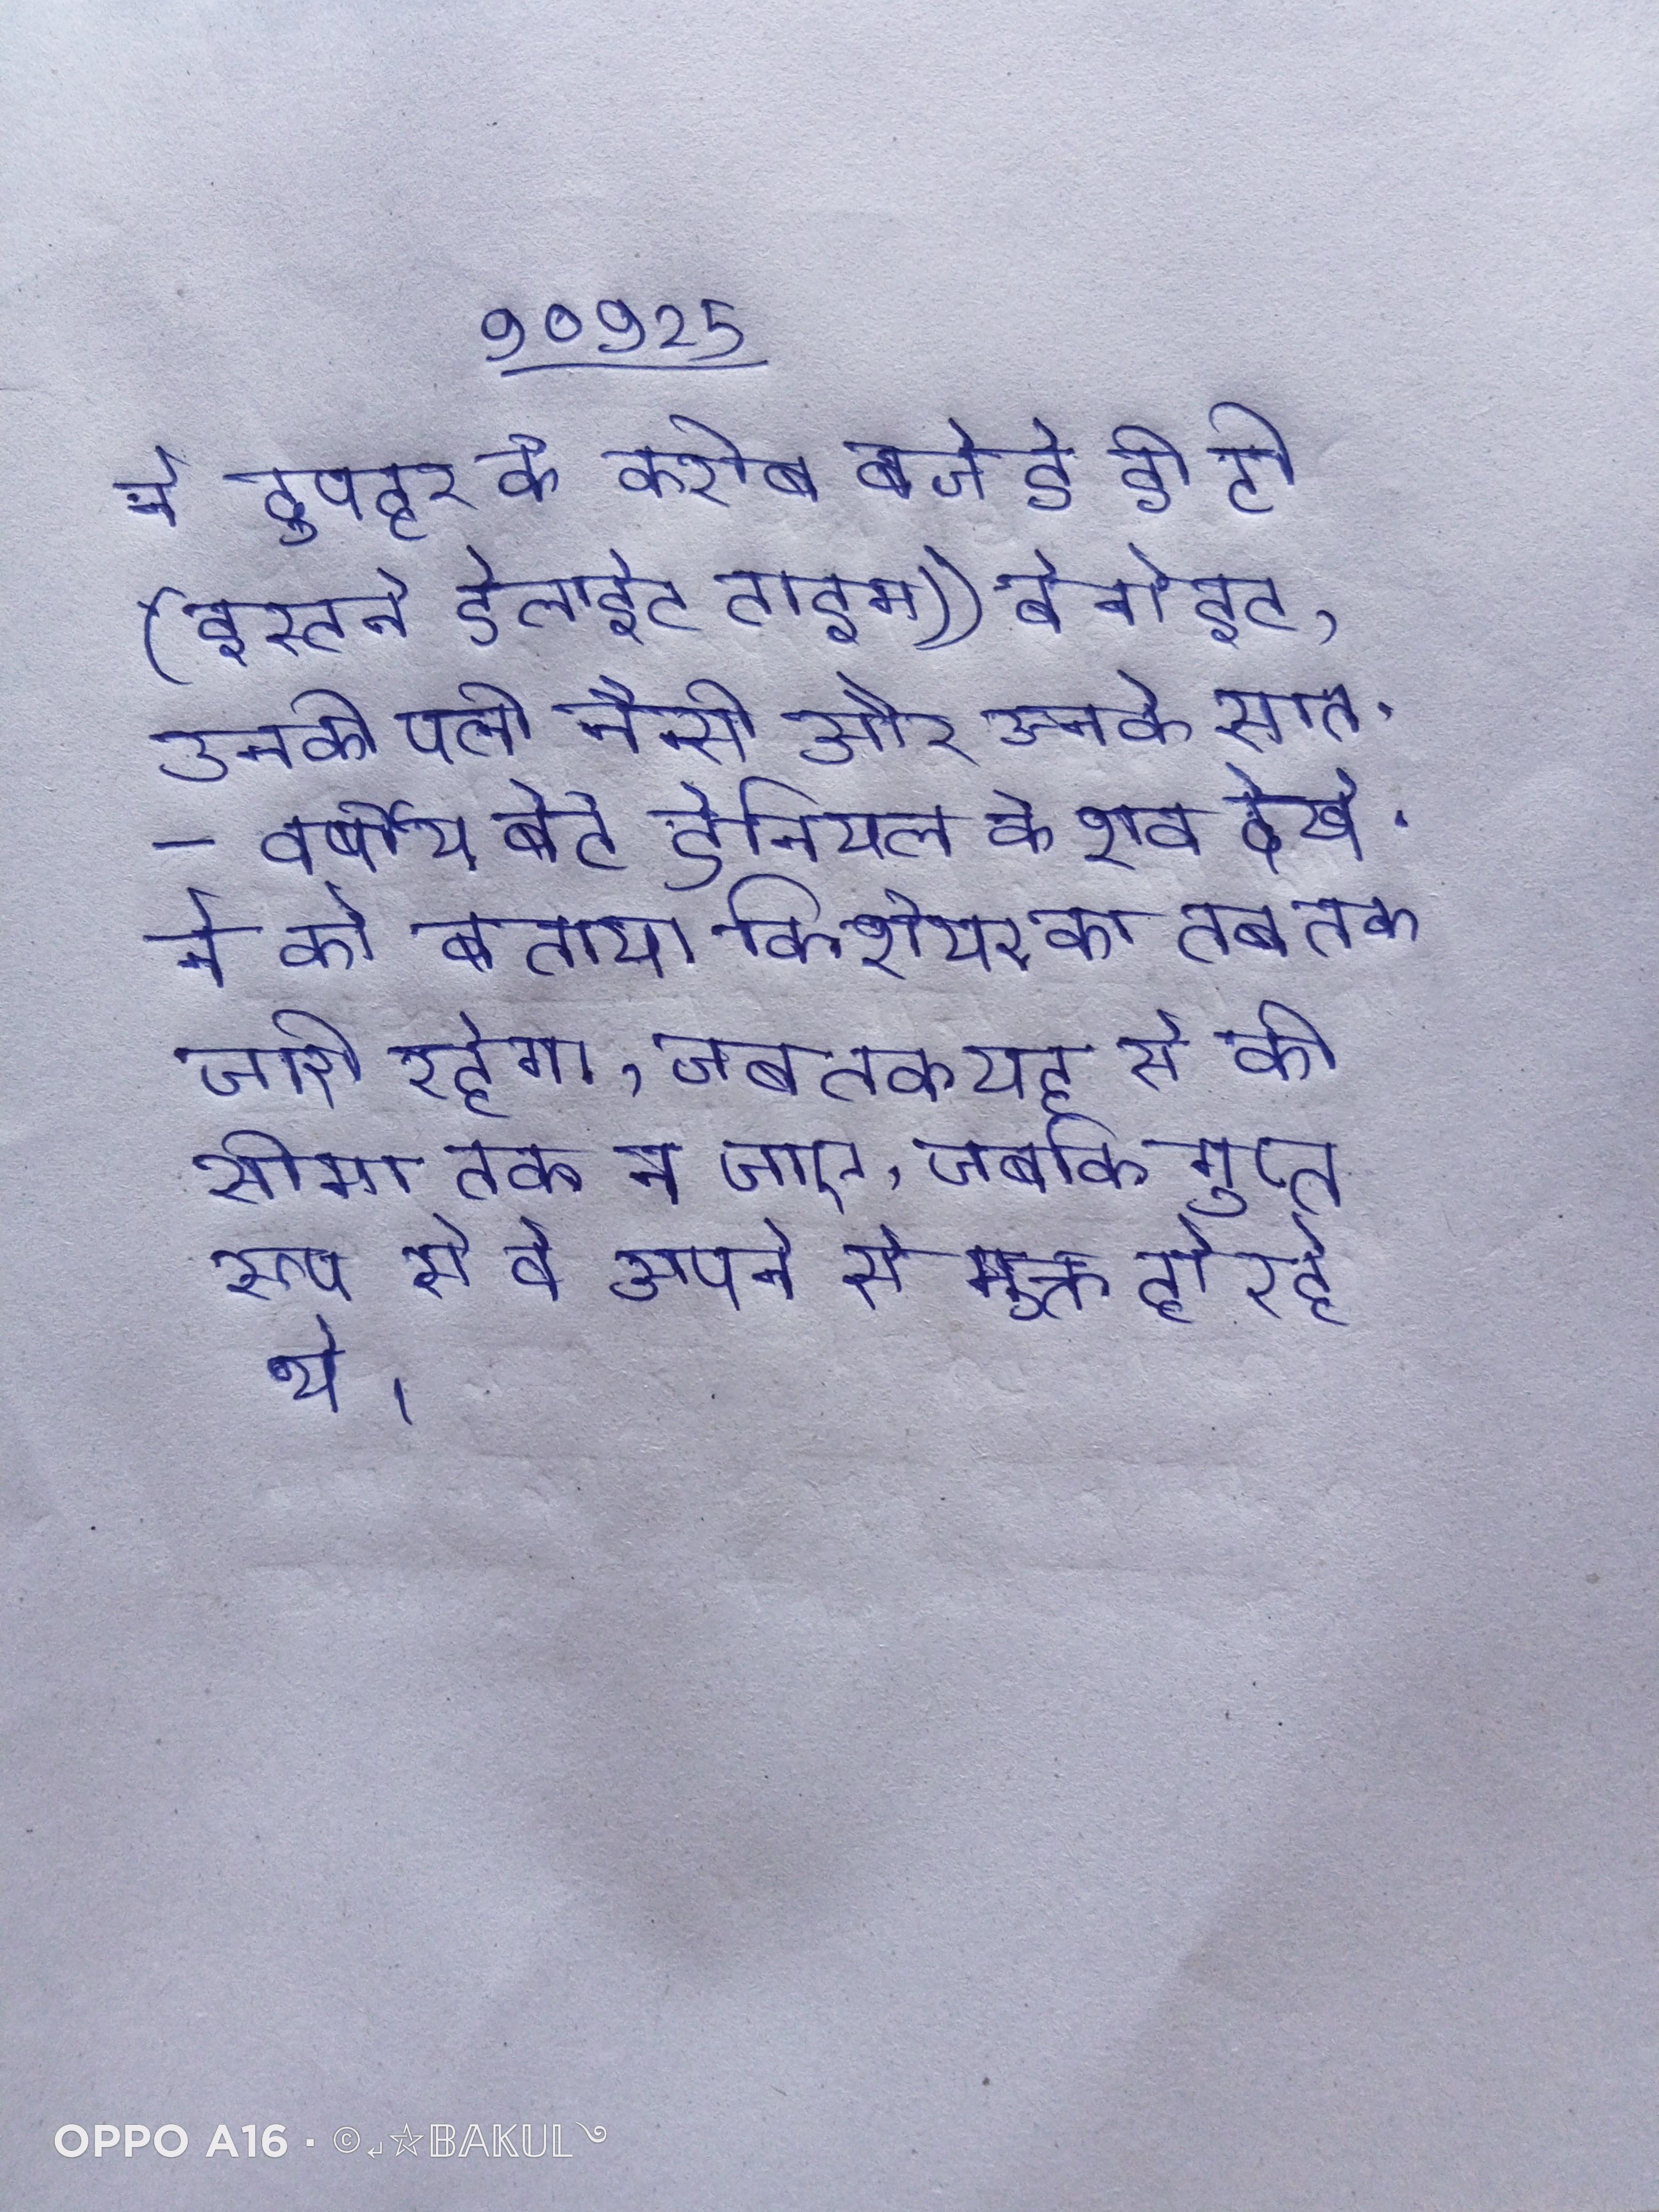
ने दुपहर के करीब बजे ई डी टी (इस्टर्न डेलाईट टाइम)) बेनोइट, उनकी पत्नी नैन्सी और उनके सात-वर्षीय बेटे डैनियल के शव देखे . ने को बताया कि शेयर का तब तक जारी रहेगा, जब तक यह से की सीमा तक न जाए, जबकि गुप्त रूप से वे अपने से मुक्त हो रहे थे ।